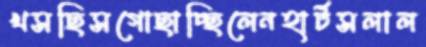
খসছিসগোছাচ্ছিলেনহার্টসলাল